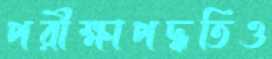
পরীক্ষাপদ্ধতিও